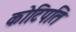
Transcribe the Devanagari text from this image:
कोटिपति